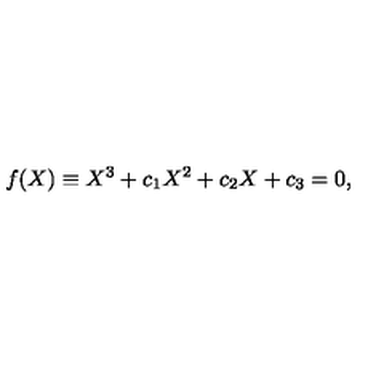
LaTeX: f ( X ) \equiv X ^ { 3 } + c _ { 1 } X ^ { 2 } + c _ { 2 } X + c _ { 3 } = 0 ,